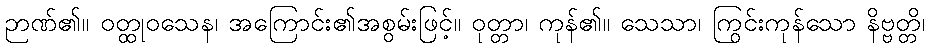
ဉာဏ်၏။ ဝတ္ထုဝသေန၊ အကြောင်း၏အစွမ်းဖြင့်။ ဝုတ္တာ၊ ကုန်၏။ သေသာ၊ ကြွင်းကုန်သော နိဗ္ဗတ္တိ၊